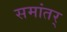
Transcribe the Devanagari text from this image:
समांतर्